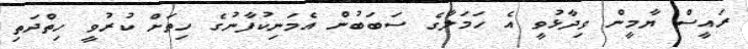
ރައީސް ޔާމީން ވިދާޅުވީ އެ ހަމަލާގެ ސަބަބުން އެމަނިކުފާނުގެ ހިތަށް ކުރުވީ ހިތްދަތި